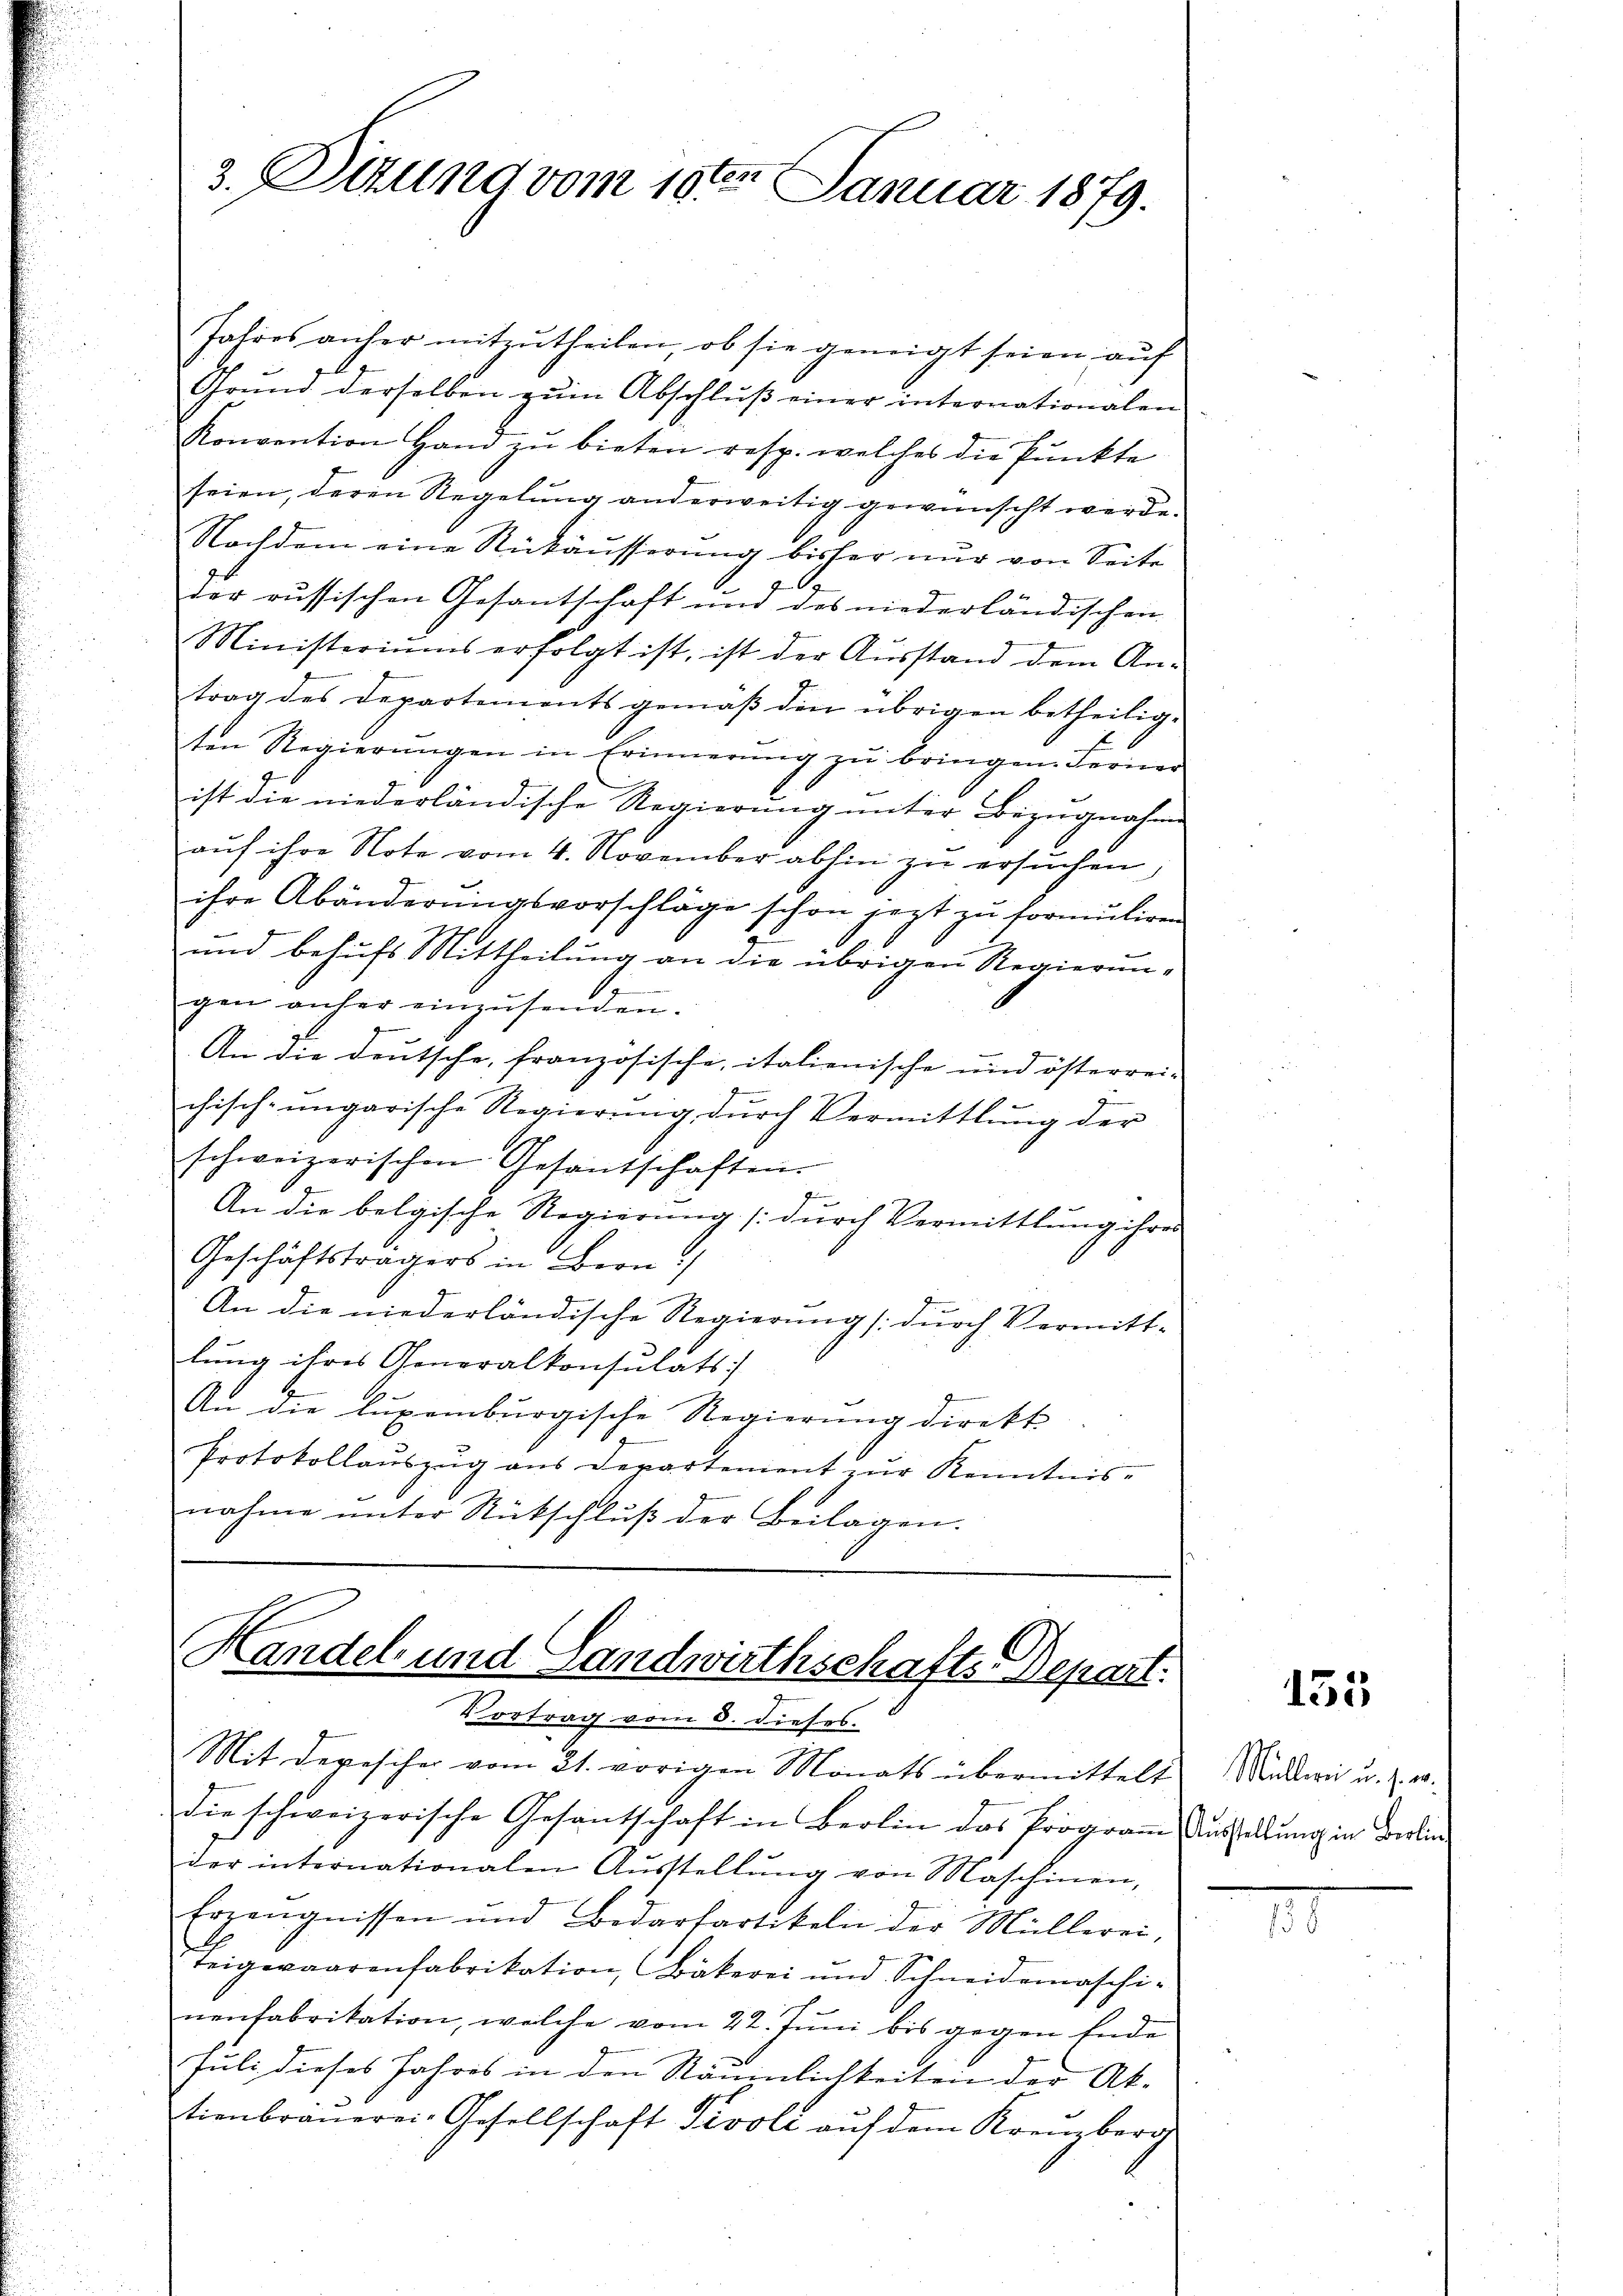
Jahres anher mitzŭtheilen, ob sie geneigt seien aŭf
Grund derselben zum Abschluß einer internationalen
Konvention Hand zŭ bieten resp. welches die Pŭnkte
seien, deren Regelung anderweitig gewünscht werde.
Nachdem eine Rückäŭsserung bisher nur von Seite
der russischen Gesantschaft und des niederländischen
Ministeriums erfolgt ist, ist der Ausstand dem Antrag des Departements gemäß den übrigen betheilig-
ten Regierungen in Erinnerung zu bringen. Ferner
n
ist die niederländische Regierung unter Bezugnahme
auf ihre Note vom 4. November abhin zu ersuchen,
ihre Abänderŭngsvorschläge schon jezt zu formuliren
und behufs Mittheilung an die übrigen Regierun-
gen anher einzŭsenden.
An die deutsche, französische, italienische und österrei-
chisch-ungarische Regierŭng dŭrch Vermittlung der
schweizerischen Gesantschaften.
An die belgische Regierung (durch Vermittlung ihrer
Geschäftsträgers in Bern)
An die niederländische Regierung durch Vermitt-
lung ihres Generalkonsulats:
An die Luxenburgische Regierung direkt
Protokollauszug aus Departement zŭr Kenntnis
nahme unter Rückschlŭβ der Beilagen.

3. Sizund vom 18ten Januar 1879.

Handel und Landwirthschafts-Depart.
Vortrag vom 8. dieses.

Mit depescher vom 21. vorigen Monats übermittelt
die schweizerische Gesantschaft in Berlin das Program Ausstellung in Berlin
der internationalen Aŭsstellŭng von Maschinen,
Erzeugnissen und Bedarfartikeln der Müllerei,
teigewaarenfabrikation, Bäkerei und Schneidemaschi-
nenfabrikation, welche vom 22. Juni bis gegen Ende
Juli dieses Jahres in den Räumlichkeiten der Ak-
tionbraŭerei-Gesellschaft Tivoli auf dem Kreuzberg

135

Müllerei u. s. w.